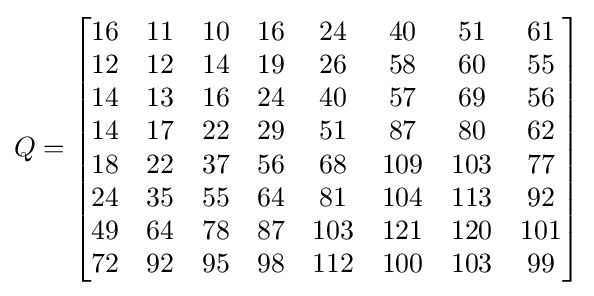
Q={\begin{bmatrix}16&11&10&16&24&40&51&61\\12&12&14&19&26&58&60&55\\14&13&16&24&40&57&69&56\\14&17&22&29&51&87&80&62\\18&22&37&56&68&109&103&77\\24&35&55&64&81&104&113&92\\49&64&78&87&103&121&120&101\\72&92&95&98&112&100&103&99\end{bmatrix}}